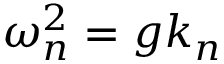
\omega _ { n } ^ { 2 } = g k _ { n }